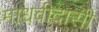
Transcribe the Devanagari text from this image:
माधवीदासी